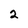
Character: 2